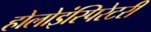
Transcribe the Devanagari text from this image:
होलोइंस्पिरेटरी